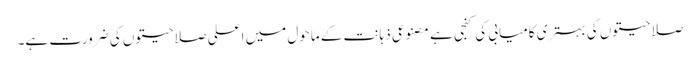
صلاحیتوں کی بہتری کامیابی کی کنجی ہے مصنوعی ذہانت کے ماحول میں اعلی صلاحیتوں کی ضرورت ہے۔